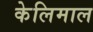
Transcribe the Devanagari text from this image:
केलिमाल